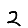
Digit: 2